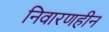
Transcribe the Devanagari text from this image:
निवारणहीन